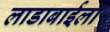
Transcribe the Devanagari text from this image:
लाडाबाईला